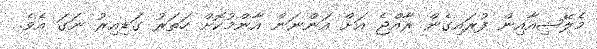
މެލޭޝިއާއިން ފުރައިގެން ރާއްޖެ އަށް އަންނަން އާންމުކޮށް ހަތަރު ގަޑިއިރު ނަގަ އެވެ.